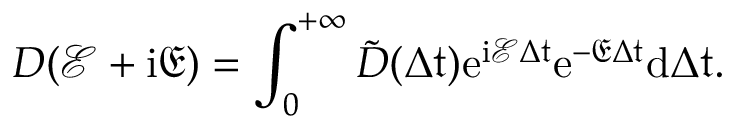
D ( \mathcal { E } + \mathrm { i } \mathfrak { E } ) = \int _ { 0 } ^ { + \infty } \tilde { D } ( \Delta \mathfrak { t } ) \mathrm { e } ^ { \mathrm { i } \mathcal { E } \Delta \mathfrak { t } } \mathrm { e } ^ { - \mathfrak { E } \Delta \mathfrak { t } } \mathrm { d } { \Delta \mathfrak { t } } .